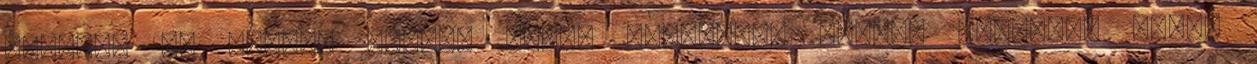
szívem, de sajnos egytől egyig helytálló minden kritika. ebben